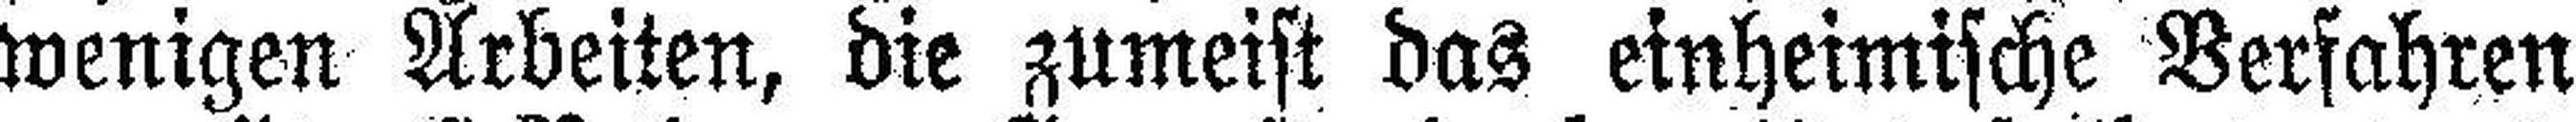
wenigen Arbeiten, die zumeist das einheimische Verfahren